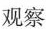
观察